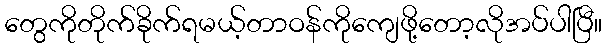
တွေကိုတိုက်ခိုက်ရမယ့်တာဝန်ကိုကျေဖို့တော့လိုအပ်ပါပြီ။